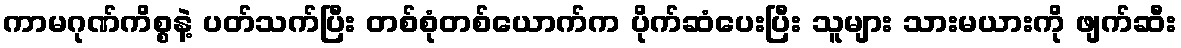
ကာမဂုဏ်ကိစ္စနဲ့ ပတ်သက်ပြီး တစ်စုံတစ်ယောက်က ပိုက်ဆံပေးပြီး သူများ သားမယားကို ဖျက်ဆီး